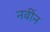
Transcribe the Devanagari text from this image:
नवींन